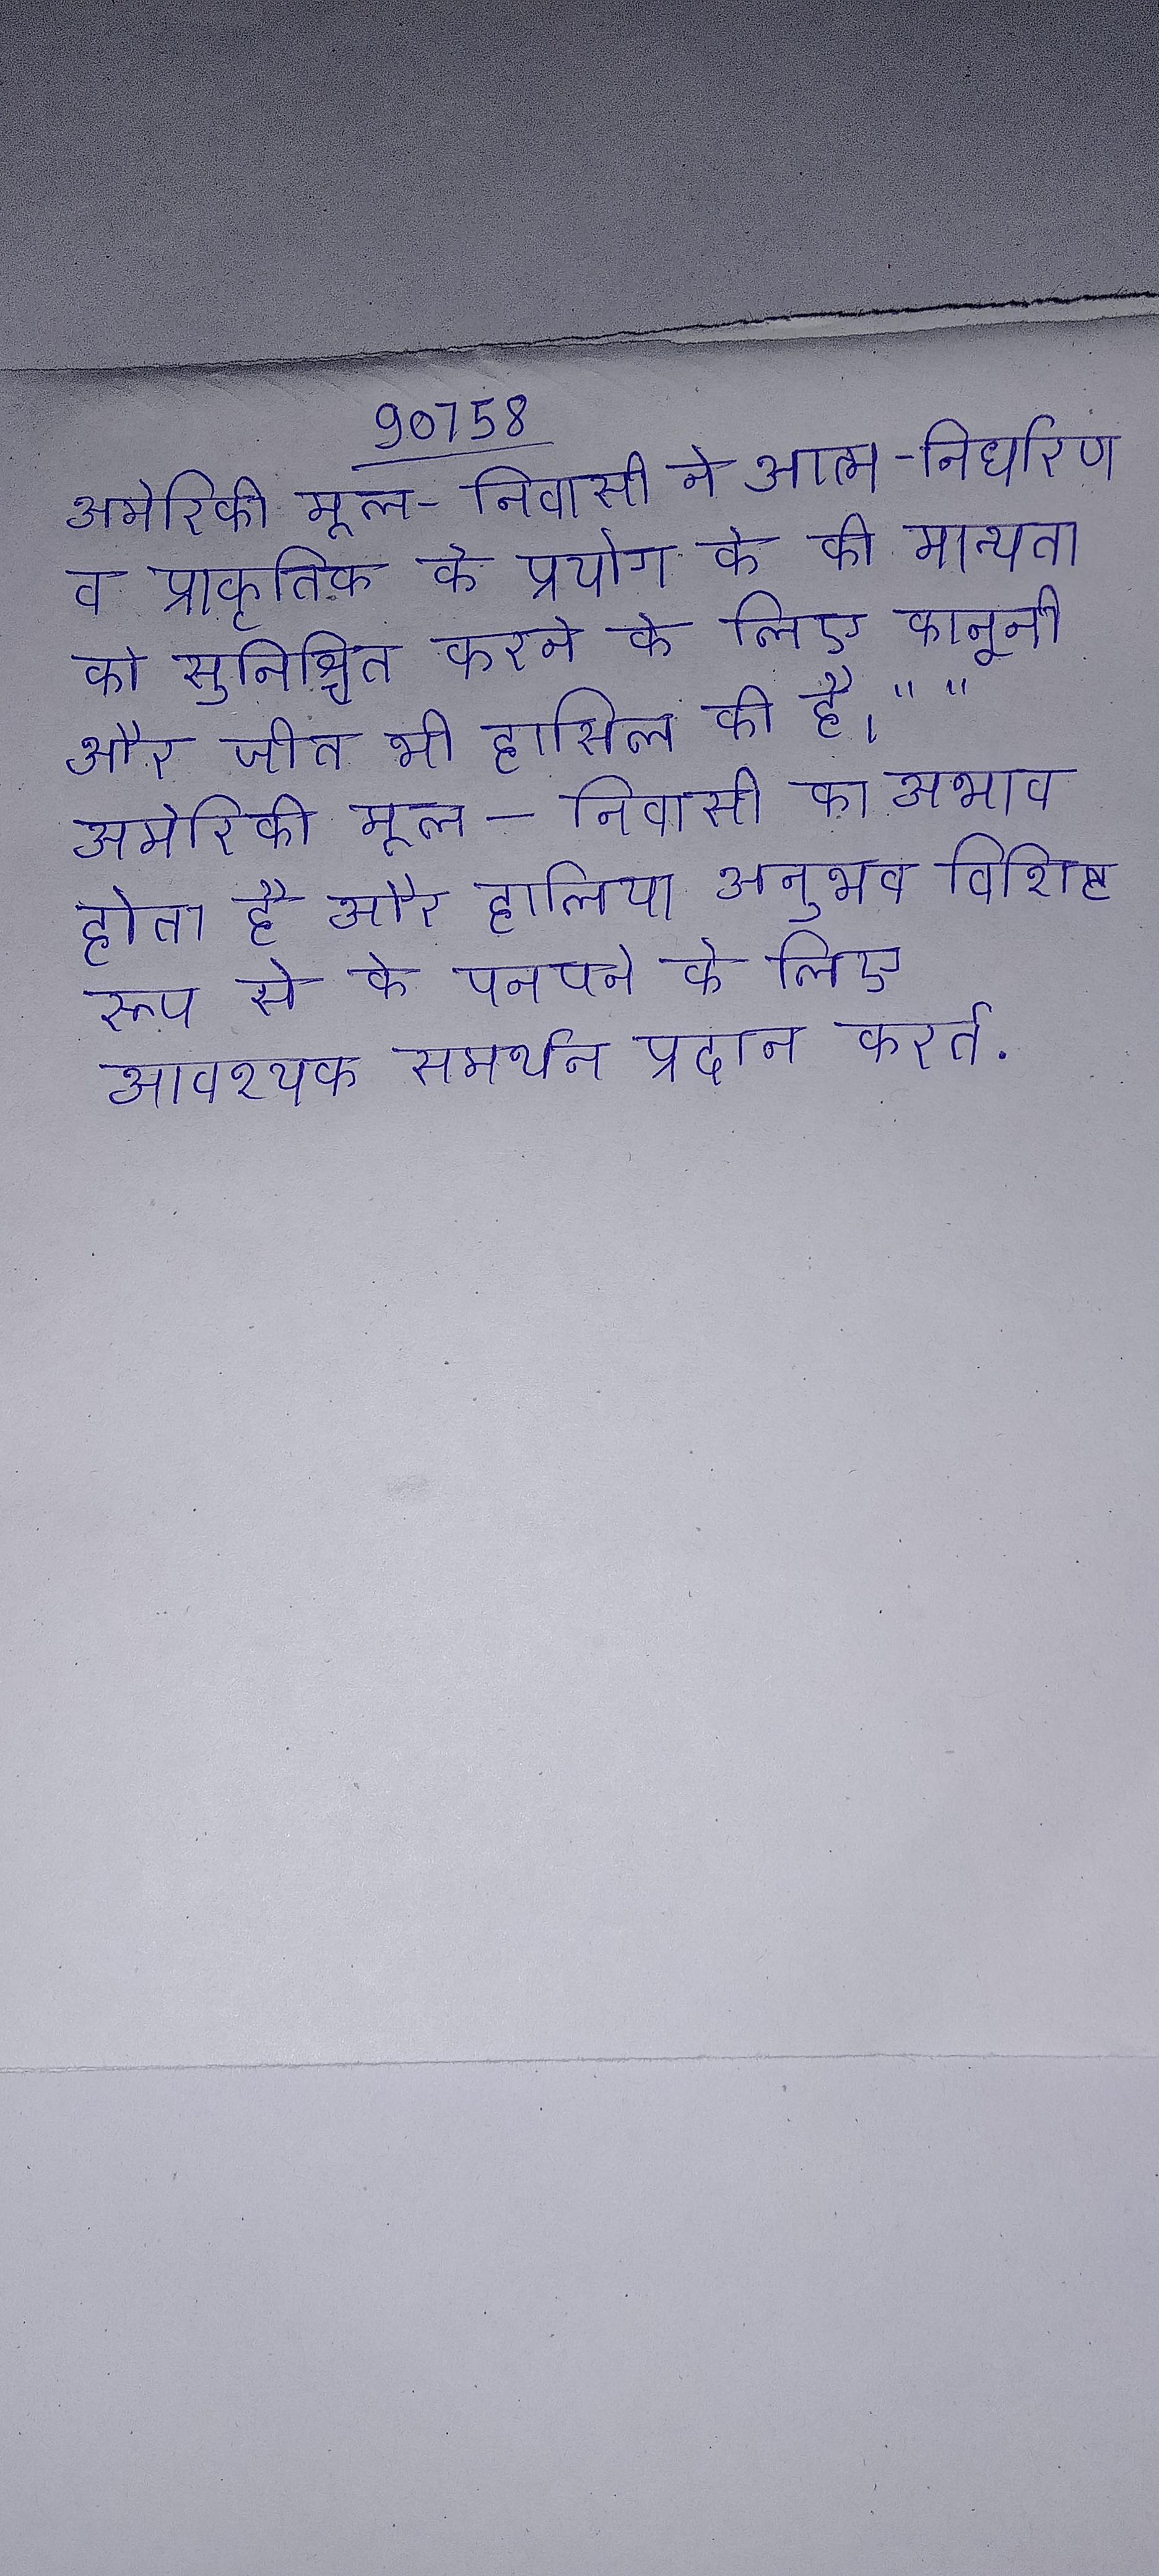
अमेरिकी मूल-निवासी ने आत्म-निर्धारण व प्राकृतिक के प्रयोग के की मान्यता को सुनिश्चित करने के लिए कानूनी और जीत भी हासिल की है । " "अमेरिकी मूल-निवासी का अभाव होता है और हालिया अनुभव विशिष्ट रूप से के पनपने के लिए आवश्यक समर्थन प्रदान करते .